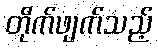
တိုက်ဖျက်သည့်